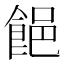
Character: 䭂